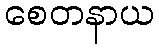
စေတနာယ